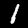
Label: 1